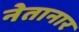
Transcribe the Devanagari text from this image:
नेतानार